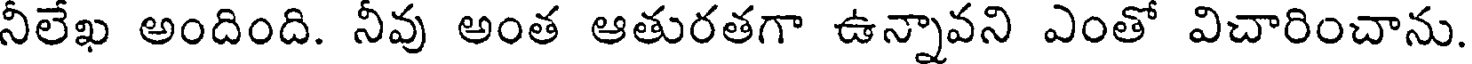
నీలేఖ అందింది. నీవు అంత ఆతురతగా ఉన్నావని ఎంతో విచారించాను